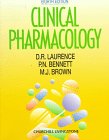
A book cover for Clinical Pharmacology, 8e; D. R. Laurence MD  FRCP; Medical Books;